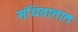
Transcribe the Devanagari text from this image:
संधिवातात